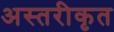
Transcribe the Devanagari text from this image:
अस्तरीकृत